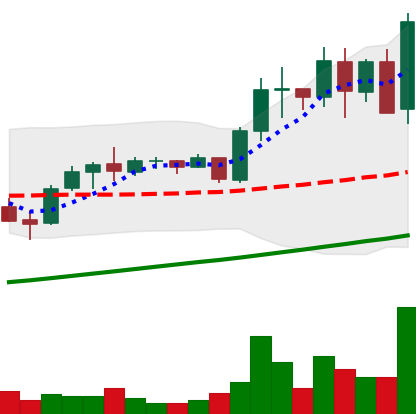
Ticker: ADA-USD
Chart end date: 2021-05-13
Forward return: 3.62%
Label: up_3_5